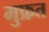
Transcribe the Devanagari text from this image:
मुफ्रत